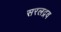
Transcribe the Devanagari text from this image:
सरलद्रव